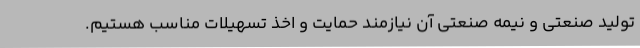
تولید صنعتی و نیمه صنعتی آن نیازمند حمایت و اخذ تسهیلات مناسب هستیم.